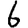
Digit: 6